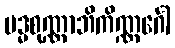
ပဒ္မစုဏ္ဏာဘိကိဏ္ဏင်္ဂေါ